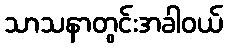
သာသနာတွင်းအခါဝယ်